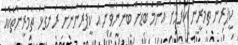
ކީޕަރުން ތަމްރީން ކުރުމަށް އެންމެ ބޮޑަށް ބޭނުންވާނީ އެ ކީޕަރުންނަށް ރަނގަޅު ތަމްރީންތަކެއް